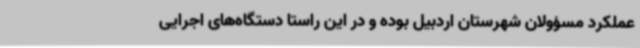
عملکرد مسؤولان شهرستان اردبیل بوده و در این راستا دستگاه‌های اجرایی